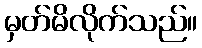
မှတ်မိလိုက်သည်။